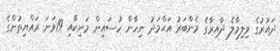
ދައުރުގެ ވިލިމާލެ ދާއިރާގެ މެންބަރު އަޙްމަދު ނިހާން ހުސައިން މަނިކާއި 19ވަނަ ރައްޔިތުންގެ